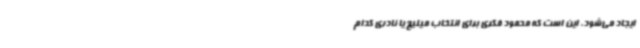
ایجاد می‌شود، این است که محمود فکری برای انتخاب میلیچ یا نادری کدام